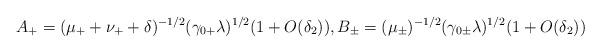
LaTeX: \begin{align*}A_+ = (\mu_++\nu_++\delta)^{-1/2}(\gamma_{0+}\lambda)^{1/2}(1 + O(\delta_2)), B_\pm = (\mu_\pm)^{-1/2}(\gamma_{0\pm}\lambda)^{1/2}(1 + O(\delta_2))\end{align*}